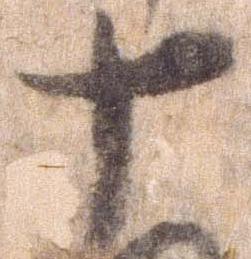
十